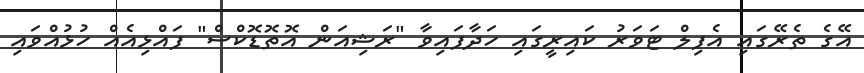
އޭގެ ތެރޭގައި އެފިލް ޓަވަރު ކައިރީގައި ހަދާފައިވާ "ރަޝިއަން އޮތޮޑޮކްސް" ފައްޅިއެއް ހުޅުއްވައި